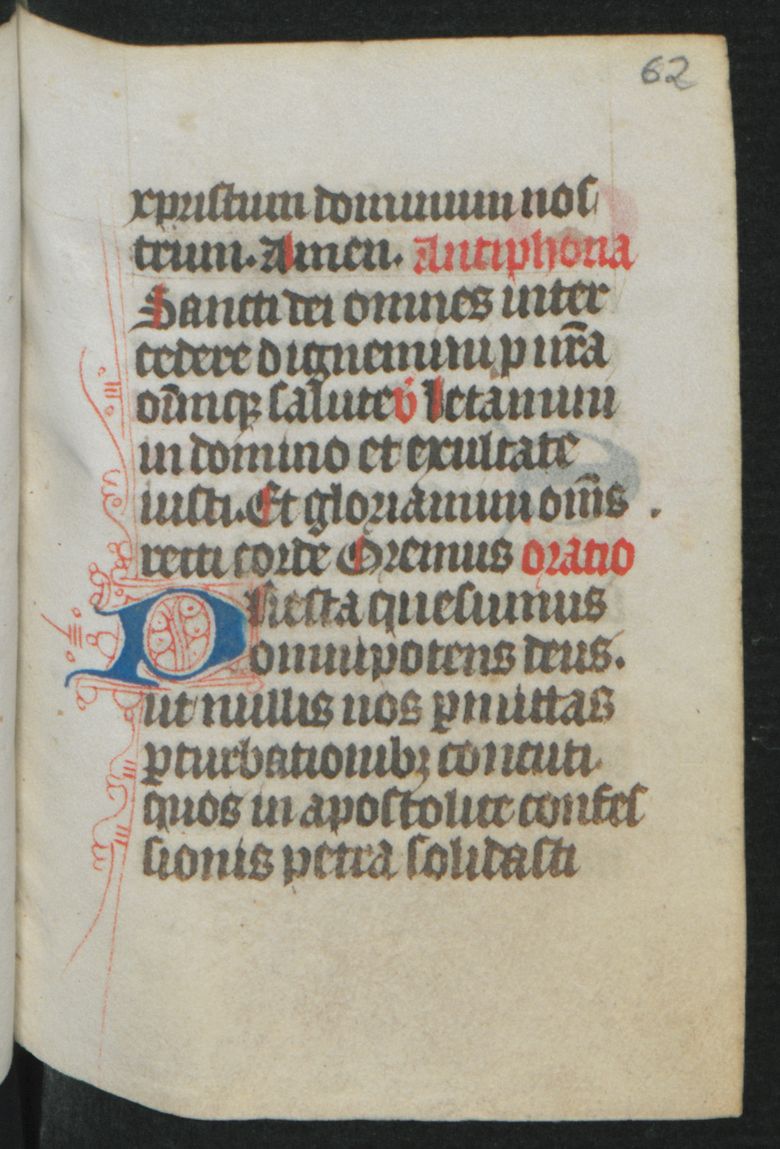
Shelfmark: Berlin, Staatsbibliothek, Hdschr. 25
Century: 15